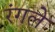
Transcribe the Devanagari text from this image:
रंगले